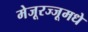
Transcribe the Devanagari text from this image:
मेजूरज्जूमधे